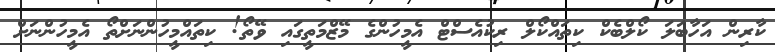
ކާރިން އަހާބަލަ ކޯލްބެކް ކިތައްކޯލް ރިކުއެސްޓް އެމީހުންގެ މޭޒްމަތީގައި ވޭތޯ! ކިތައްމީހުންނަށްތޯ އެމީހުންނަށް